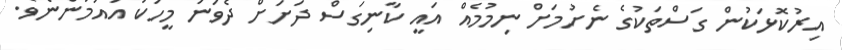
އިރުކޮޅަކުން ގަސްތަކުގެ ނެށުމަށް ނިމުމެއް އައީ ކާނިގަސް ދަށަށް ދެވަނަ މީހަކު އައުމުންނެވެ.